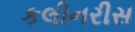
કલીનરીસ